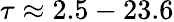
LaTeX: \tau\approx 2.5-23.6